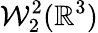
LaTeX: \mathcal{W}_{2}^{2}({\mathbb{R}}^{3})